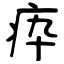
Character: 疩